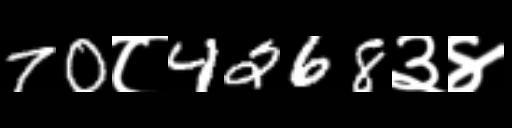
Text: 70८4268३४